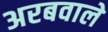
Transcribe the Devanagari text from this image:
अरबवाले